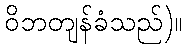
ဝိဘတျန်ခံသည်)။